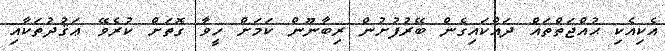
އެކިއެކި ޙުއްޖަތްތައް ދައްކައިގެން ބޭރުފުށުން ރިބާނޫން ކަމަށް ހީވާ ގޮތަށް ކުރެވޭ ޢަޤުދުތަކާއި